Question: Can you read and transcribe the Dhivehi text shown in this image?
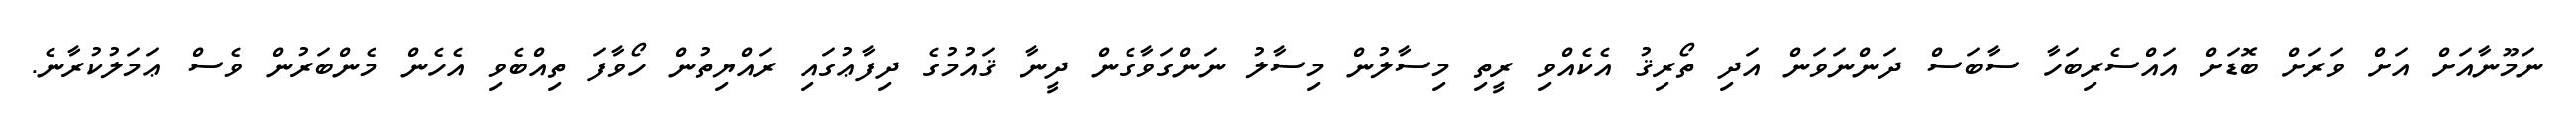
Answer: ނަމޫނާއަށް އަށް ވަރަށް ބޮޑަށް އައްސެރިބަހާ ސާބަސް ދަންނަވަން އަދި ތޯރިޤު އެކެއްވި ރީތި މިސާލުން މިސާލު ނަންގަވާގެން ދީނާ ޤައުމުގެ ދިފާޢުގައި ރައްޔިތުން ހޯވާފަ ތިއްބެވި އެހެން މެންބަރުން ވެސް ޢަމަލުކުރާނެ.